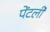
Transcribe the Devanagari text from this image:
पेंटर्ली